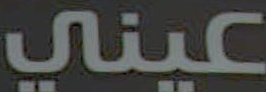
عيني